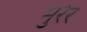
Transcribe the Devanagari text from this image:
मुरेर